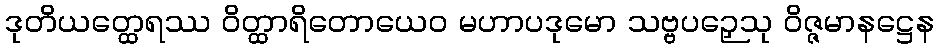
ဒုတိယတ္ထေရဿ ဝိတ္ထာရိတောယေဝ မဟာပဒုမော သဗ္ဗပဉှေသု ဝိဇ္ဇမာနဋ္ဌေန